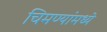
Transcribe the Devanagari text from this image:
चिमण्यांमध्ये